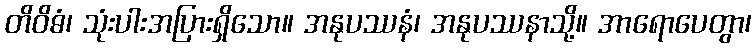
တိဝိဓံ၊ သုံးပါးအပြားရှိသော။ အနုပဿနံ၊ အနုပဿနာသို့။ အာရောပေတွာ၊